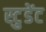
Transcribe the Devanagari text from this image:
स्टु़डेंट